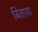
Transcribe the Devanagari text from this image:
बिताया